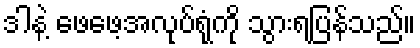
ဒါနဲ့ ဖေဖေ့အလုပ်ရုံကို သွားရပြန်သည်။